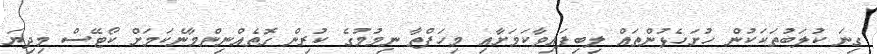
ގިނަ ކުލަބުތަކަކުން ހުށަހެޅުންތައް ލިބިފައިވާކަމަށާއި މިހަފްތާ ނިމުމުގެ ކުރިން ގޮތެއްނިންމާނެކަމަށް ކޯޓޭސް މިދިޔަ